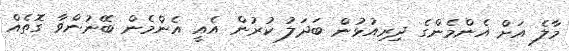
މާލެ އަށް އެންމެންގެ ދިރިއުޅުން ބަދަލު ކުރުން އެއީ އެންމެން ބޭނުންވާ ގޮތެއް